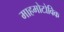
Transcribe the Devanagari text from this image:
माहमोटोविक